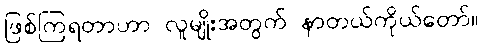
ဖြစ်ကြရတာဟာ လူမျိုးအတွက် နာတယ်ကိုယ်တော်။